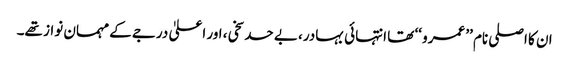
ان کا اصلی نام ’’ عمرو ‘‘ تھا انتہائی بہادر، بے حد سخی، اور اعلیٰ درجے کے مہمان نواز تھے۔